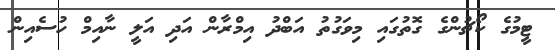
ޓީމުގެ ކޯޗުންގެ ގޮތުގައި މިވަގުތު އަބްދު އިމްރާން އަދި އަލީ ނާއިމް ހުސެއިން